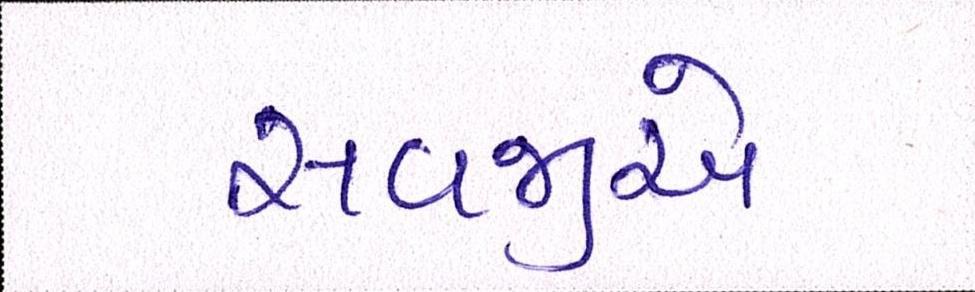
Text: સવજીએ